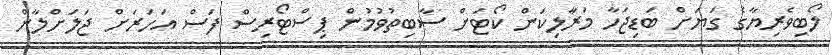
ލޯބިވެރިޔާގެ ގަޔަށް ބަޑިޖަހާ މަރާލިކަން ކޯޓަށް ސާބިތުވުމުން ޕިސްޓޯރިސް ފަސް އަހަރަށް ޖަލަށްލާން